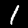
Digit: 1